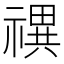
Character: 禩